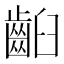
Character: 齨